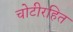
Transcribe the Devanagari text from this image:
चोटीरहित